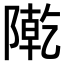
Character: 𨼃